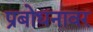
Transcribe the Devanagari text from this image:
प्रबोधनावर